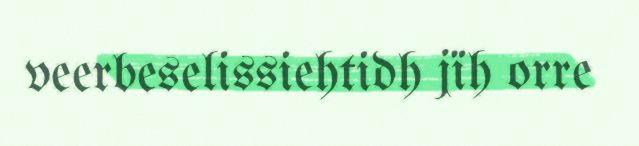
veerbeselissiehtidh jïh orre